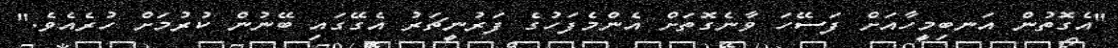
"އެގޮތުން އަނބިމީހާއަށް ފަސޭހަ ވާނެގޮތަށް އެންމެފަހުގެ ފަރުނީޗަރު އެގޭގައި ބޭނުން ކުރުމަށް ހުރެއެވެ."